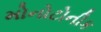
મોનોટોનીક